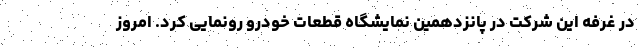
در غرفه این شرکت در پانزدهمین نمایشگاه قطعات خودرو رونمایی کرد. امروز